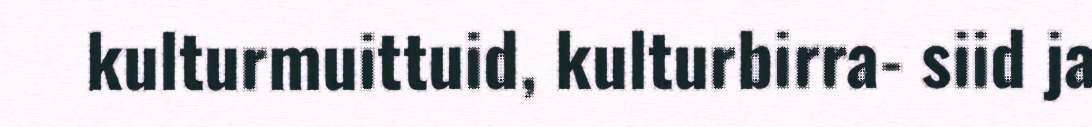
kulturmuittuid, kulturbirra- siid ja